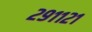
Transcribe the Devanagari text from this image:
२९११२१